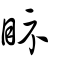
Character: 眎